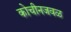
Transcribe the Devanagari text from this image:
कोचीनजवळ